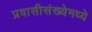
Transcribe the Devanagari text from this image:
प्रवासीसंख्येमध्ये